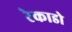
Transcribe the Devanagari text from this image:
रेकाडो